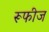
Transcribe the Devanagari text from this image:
रूफीज